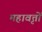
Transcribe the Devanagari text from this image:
महावृत्तों